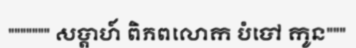
""""""" សប្តាហ៍ ពិភពលោក បំបៅ កូន"""